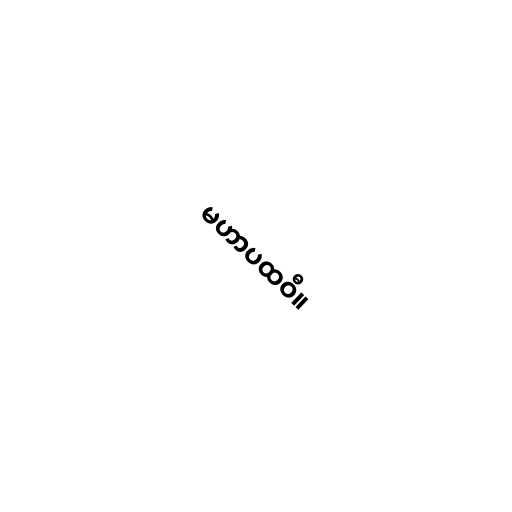
မဟာပထဝီ။